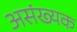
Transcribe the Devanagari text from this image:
असंख्यक